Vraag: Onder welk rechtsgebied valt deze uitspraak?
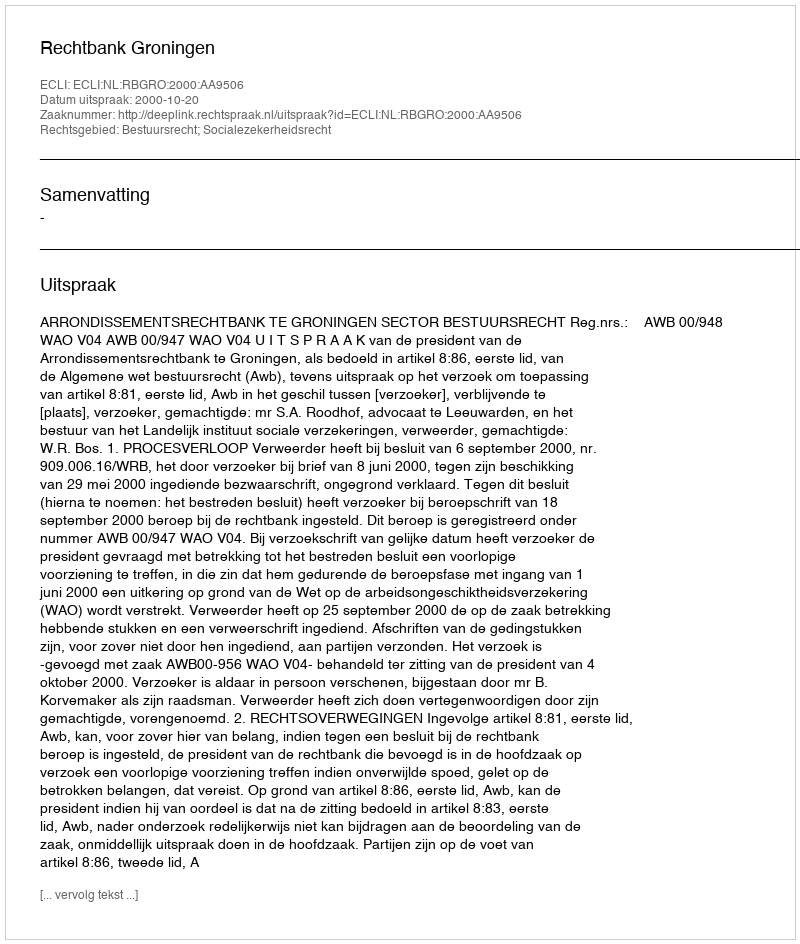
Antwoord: Bestuursrecht; Socialezekerheidsrecht